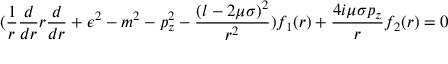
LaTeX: ( \frac { 1 } { r } \frac { d } { d r } r \frac { d } { d r } + \epsilon ^ { 2 } - m ^ { 2 } - p _ { z } ^ { 2 } - \frac { ( l - 2 \mu \sigma ) ^ { 2 } } { r ^ { 2 } } ) f _ { 1 } ( r ) + \frac { 4 i \mu \sigma p _ { z } } { r } f _ { 2 } ( r ) = 0